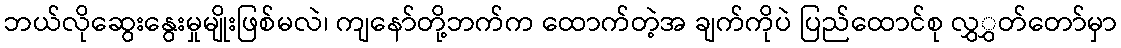
ဘယ်လိုဆွေးနွေးမှုမျိုးဖြစ်မလဲ၊ ကျနော်တို့ဘက်က ထောက်တဲ့အ ချက်ကိုပဲ ပြည်ထောင်စု လွှွှတ်တော်မှာ